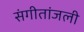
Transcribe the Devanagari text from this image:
संगीतांजली